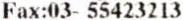
FAX:03- 55423213